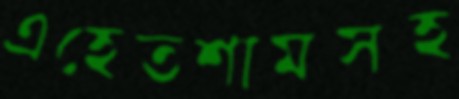
এহেতশামসহ